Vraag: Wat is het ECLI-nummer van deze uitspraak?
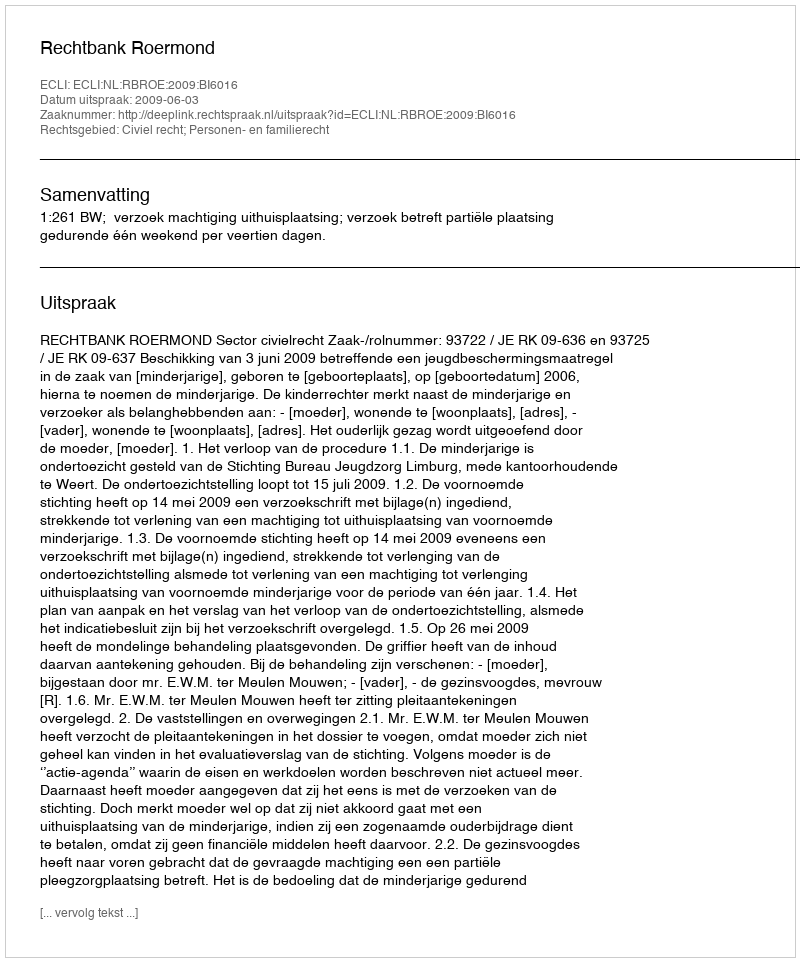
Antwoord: ECLI:NL:RBROE:2009:BI6016